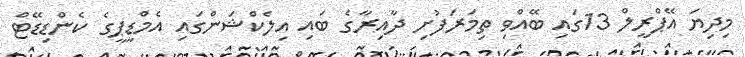
މިދިޔަ އޭޕްރީލް 13ގައި ބޭއްވި ތިމަރަފުށި ދާއިރާގެ ބައި އިލެކްޝަންގައި އެމްޑީޕީގެ ކެންޑިޑޭޓް